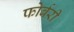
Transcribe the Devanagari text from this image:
फोर्बरी